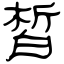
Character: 皙